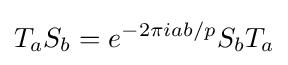
T_{a}S_{b}=e^{-2\pi iab/p}S_{b}T_{a}